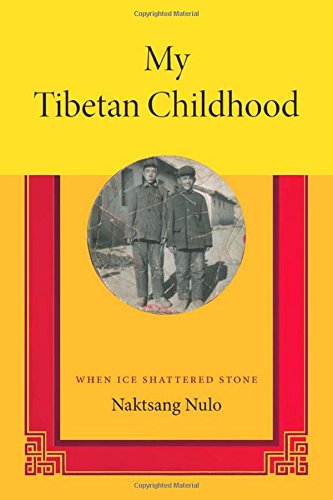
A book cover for My Tibetan Childhood: When Ice Shattered Stone; Naktsang Nulo; Biographies & Memoirs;